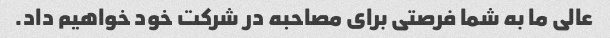
عالی ما به شما فرصتی برای مصاحبه در شرکت خود خواهیم داد.